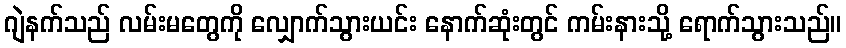
ဂျဲနက်သည် လမ်းမတွေကို လျှောက်သွားယင်း နောက်ဆုံးတွင် ကမ်းနားသို့ ရောက်သွားသည်။